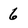
Character: 6